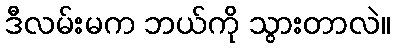
ဒီလမ်းမက ဘယ်ကို သွားတာလဲ။